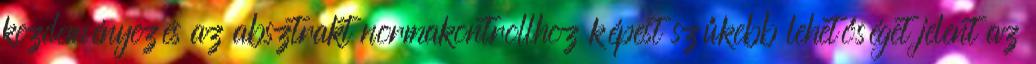
kezdeményezés az absztrakt normakontrollhoz képest szűkebb lehetőséget jelent az